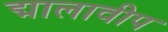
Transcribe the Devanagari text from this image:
द्मालावीप